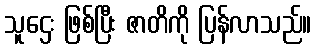
သူဌေး ဖြစ်ပြီး ဇာတိကို ပြန်လာသည်။